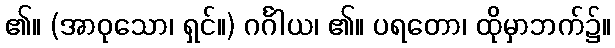
၏။ (အာဝုသော၊ ရှင်။) ဂင်္ဂါယ၊ ၏။ ပရတော၊ ထိုမှာဘက်၌။